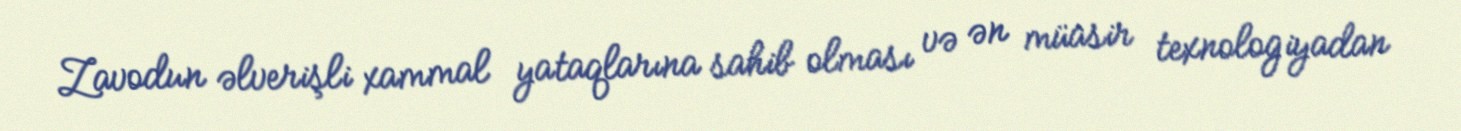
Zavodun əlverişli xammal yataqlarına sahib olması və ən müasir texnologiyadan